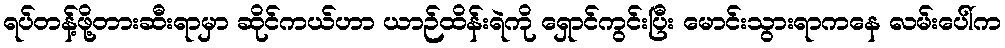
ရပ်တန့်ဖို့တားဆီးရာမှာ ဆိုင်ကယ်ဟာ ယာဉ်ထိန်းရဲကို ရှောင်ကွင်းပြီး မောင်းသွားရာကနေ လမ်းပေါ်က